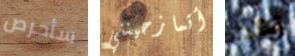
سأحرص أتمازحينني بعد